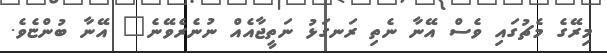
މިރޭގެ މެޗުގައި ވެސް އޭނާ ނެތި ރަނގަޅު ނަތީޖާއެއް ނުނެރެވޭނެ" އޭނާ ބުންޏެވެ.